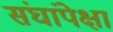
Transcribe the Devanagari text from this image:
संघांपेक्षा